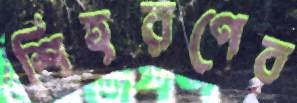
শিহরণের